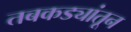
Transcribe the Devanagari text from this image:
तबकड्यांतून